Papers set at the Examination for Leaving Certificates, 1892
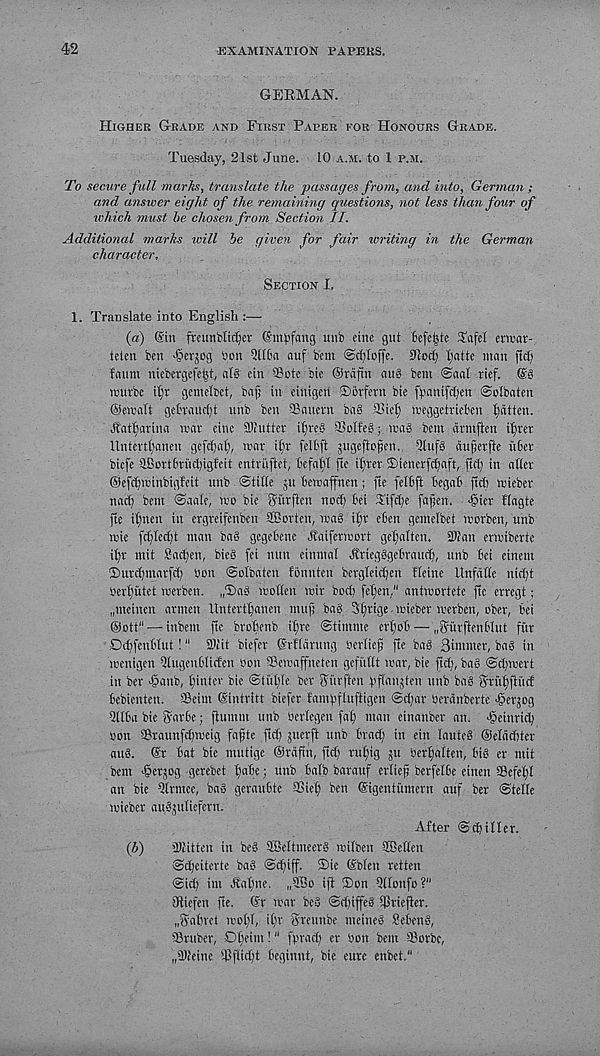
42
EXAMINATION PAPEKS.
GERMAN.
Higher Grade and First Paper for Honours Grade.
Tuesday, 21st June. 10 a.m. to 1 p.m.
To secure full marks, translate the passages from, and into, German ;
and answer eight of the remaining questions, not less than four of
which must he chosen from Section II.
Additional marks will be given for fair ivriting in the German
character.
Section I.
1. Translate into English :—
(a) din framblidjer ©m^fcmg unb eine gut Befeijte Tafel enuar-
teten ben lierjog bon 3(16a nuf bent ©djloffe. 0iod) (;atte man fid)
fauni niebergefe^t, alS cin SBote bie @rdfin auS bem @aal rief. @8
tuutbc i()r gemetbet, bafj in einigert ®btfern bie ffiantfdfen ©olbaten
©email gefvaurfit unb ben Tauent bag 3?ielf meggetrieben fatten.
Jlat^arina mar eine 9)iutter i()re6 QSoIfeg ; mag bent drmften i^rer
Itntertlfaneu gcfd)af!, mar itjr feltft jugeflofen., 2lufg du^erfie iiBer
bicfe SBortbrudjigfeit entriiftet, befall fte itirer ®ienerfd)aft, ftft) in afler
©efdiminbigfeit unb ©tide ;u bemaffnen; fte felbft begab ftd) mieber
nad) bent ©aale, mo bie ffiirflen nod) bei Tifd)e fafjen. >§ier Hagte
fte ilftten in ergreifenben SBorten, mag i^jr eben gentelbet morbcn, unb
mie fd)Ied)t man bag gcgebene dCaifermort getfallen. STOan ermibcrte
iljr mit Sateen, bieg fei nun einmal H'riegggebraud), unb bei etnem
©urd)tnarfd) Won ©olbaten fbnnten bergleidjen Heine tlnfdfle nid)t
berfjutet merben. j^ag modett mir bod) fetfen." antmortete ftc erregt;
„mcinen armctt llnterti)anen ntttfj bag 3I)rige - mieber merben, ober, bei
©ott" — inbent fte brobenb il)re Stimme ert)ob — „SurftenbIut fur
Ddtfenblut!" 2>iit biefer ©rfldrung Oerliefj fte bag Simmer, bag in
menigen 3lugeubltcfen Son SBemaffneten gefudt mar, bie fid), bag ©djmert
in ber -gattb, Winter bic ©iitlfle ber Surften fiffangten unb bag $fuf)ftucf
bebienten. ©eim ©intritt biefer famfifluftigen @d)ar Ocrdnberte ^er^og
3llba bie fyarbe; fluntnt unb Oerlegen fa() man cinanber an. >§einrid)
oon SBraunfd)meig fafte fid) juerft unb brad) in ein lauteg ©elddjter
attg. (Sr bat bie mutige ©rdftn, ftd) ruing ju Oerfialten, big er mit
bent ^erjog gerebet I)abe; unb balb barattf erlie^ berfclbe eittett SBcfel)!
an bie 3(rmee, bag geraubte 9Sief) ben ©igentumern auf ber ©telle
mieber augjttliefern.
After ©cbiller.
ib)
IDiitten in beg Sffieltmeerg milben SBeden
©djeiterte bag ©c^if. ®ie ©bleu retten
©id) int J?al)ne. „QiBo ifi ®on Qdonfo?"
(Riefett fte. (Sr mar beg ©d)iffeg Hkiefler.
..gabvct molff, il)r greunbe meineg Sebeng,
©ruber, Olfetm!" fprad) er bon bent ffiorbe,
„9)(eine Bftid)t beginnt, bie eure enbet,"